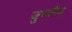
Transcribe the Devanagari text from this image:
जुल्लैन